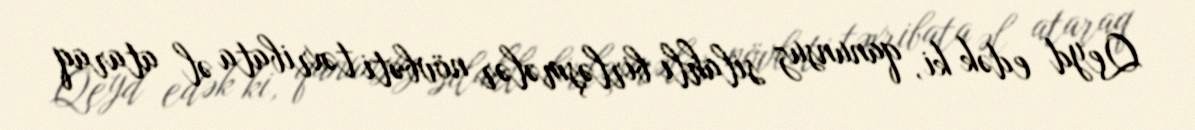
Qeyd edək ki, qanunsuz silahlı birləşmələr növbəti təxribata əl ataraq